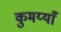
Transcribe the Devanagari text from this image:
कुमय्याँ